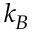
k _ { B }